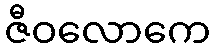
ဇီဝလောကေ